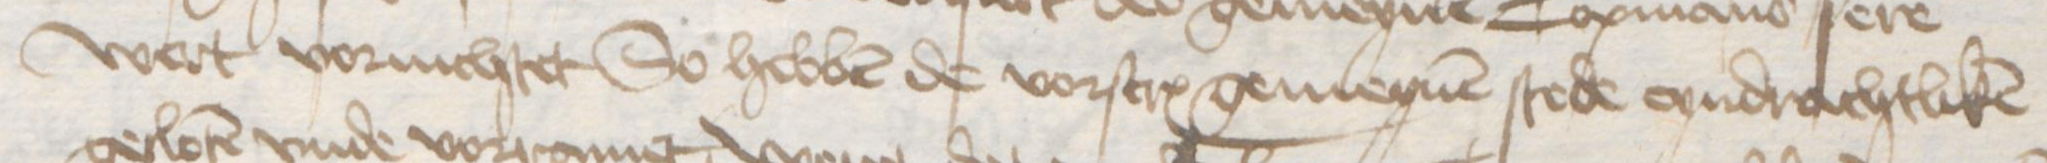
Transcription: wert vornichtet So hebben de vorscreuen gemeynen stede eyndrachtliken